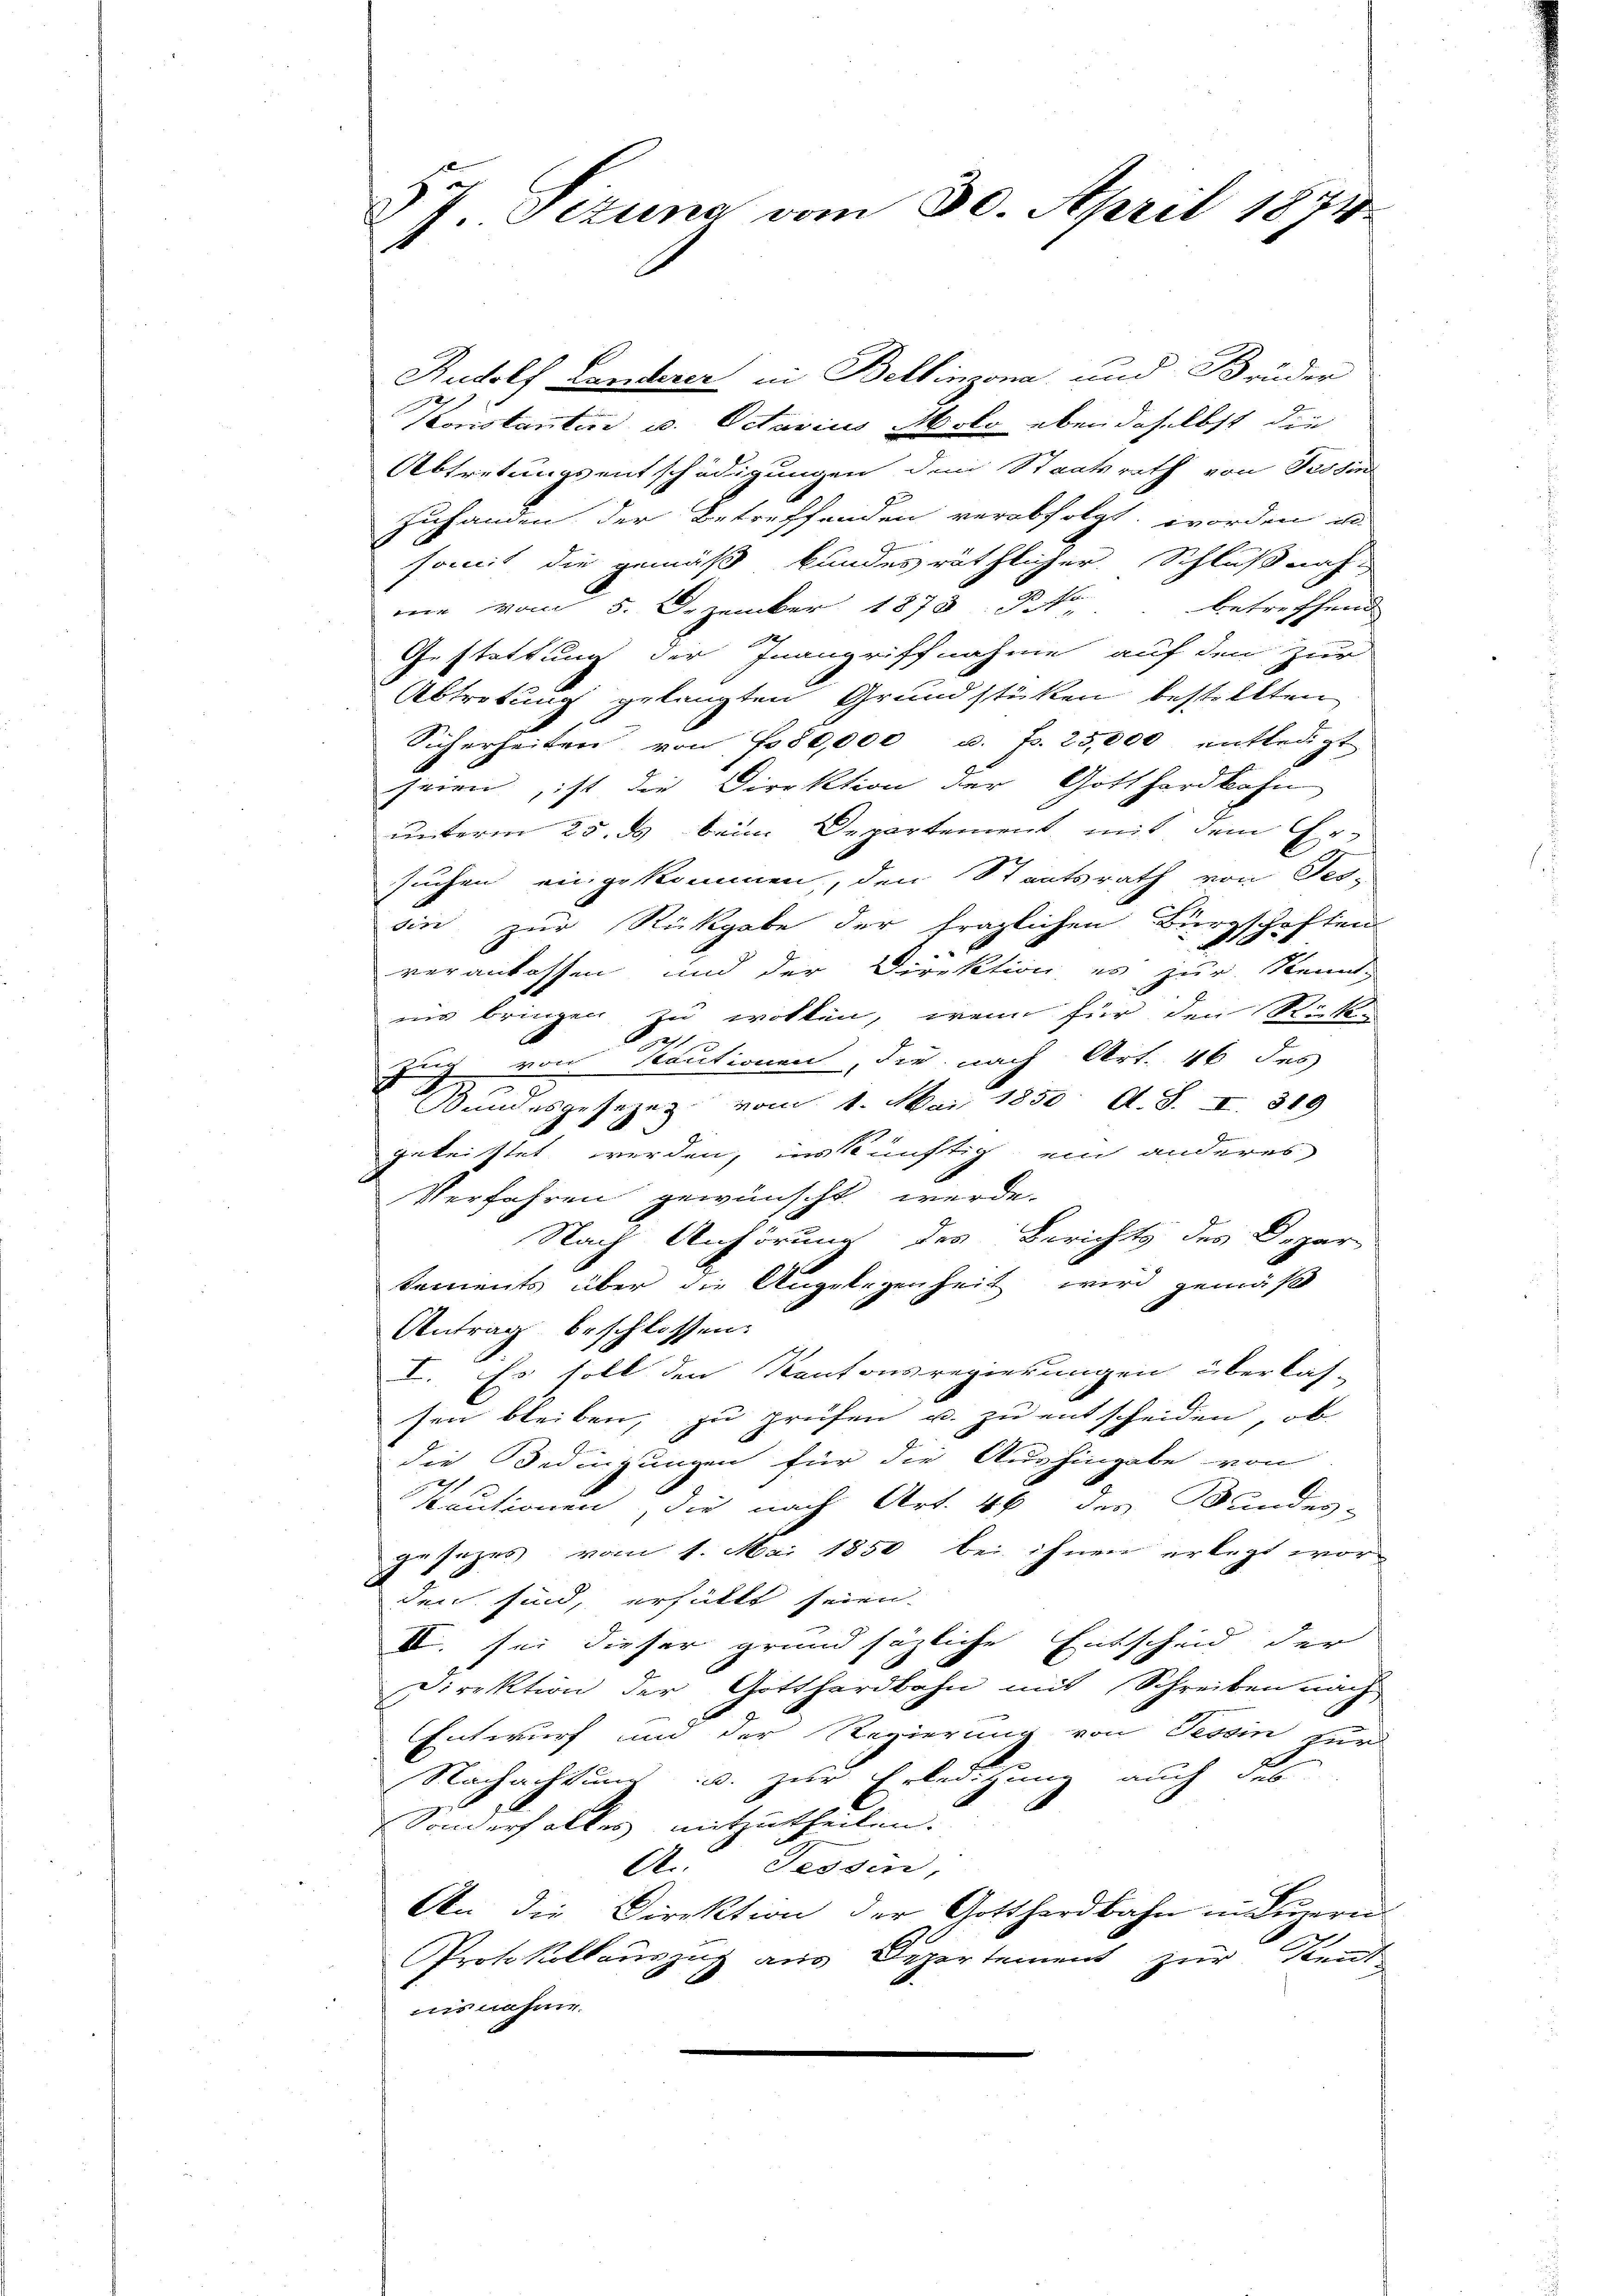
5 Sizung vom 30. April 1874.
1

Rudolf Landerer in Bellinzona und Brüder
Konstanten u. Octavius Mole eben daselbst die
Abtretungsentschädigungen dem Staatsrath von Tessin
zuhanden der Betreffenden verabfolgt worden in
somit die gemäß kundesräthlicher Schlußnah-
nie vom 5. Dezember 1878 to betreffende
Gestattung der Inangriffnahme auf den zur
Abtretung gelangten Grundstätten bestellten
Sicherheiten von 780,000 u. fr. 25,000 entledigt
seien, ist die Direktion der Gotthardbahn
unterm 25. ds beim Departement mit dem Er-
suchen eingekommen, den Staatsrath von Tes-
sin zur Rückgabe der fraglichen Bürgschaften
A
veranlassen und der Direktion es zur Kennt-
nis bringen zu wolken, wenn für den Richt-
511
zung von Kautionen, die nach Art. 46 des
Bundesgesezes vom 1. Mai 1850 A. S. I. 319
geleistet werden, inskünftig ein anderes
Verfahren gewünscht werde.
Nach Anhörung des Berichts des Depar
Sements über die Angelegenheit wird gemäß
Antrag beschlossen:
I. Es soll den Kantonsregierungen überlas-
sen bleiben, zu prüfen u. zu entscheiden, ob
die Bedingungen für die Aushingabe von
1
scautionen die nach Art. 46 des Bandes-
gesezes vom 1. Mai 1850 bei ihnen erlegt worden sind, erfüllt seien.
IV. sei dieser grundsätzliche Entscheid der
Direktion der Gotthardbahn mit Schreiben nach
Entwurf und der Regierung von Tessin zur
Nachachtung u. zur Erledigung auch das
Sonderhaltes mitzutheilen.
A. Tessin,
An die Direktion der Gotthardbahn in Luzern.
Protokollauszug aus Departement zur Kennt
nisnehme.